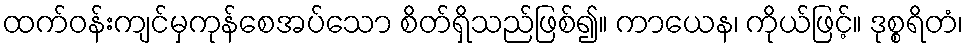
ထက်ဝန်းကျင်မှကုန်စေအပ်သော စိတ်ရှိသည်ဖြစ်၍။ ကာယေန၊ ကိုယ်ဖြင့်။ ဒုစ္စရိတံ၊